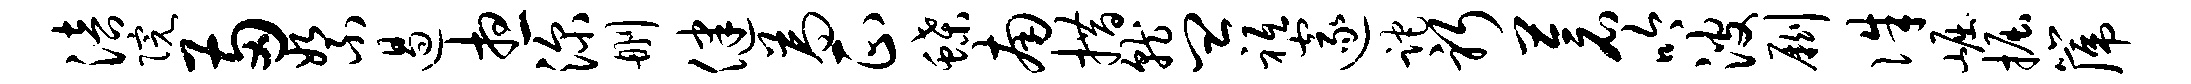
涪院两絮遏想深删健为正蝶南措就皿祗邃跎躬苍吟波劂侏崛掘篪